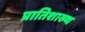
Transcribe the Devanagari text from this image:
प्रातिशाख्थ